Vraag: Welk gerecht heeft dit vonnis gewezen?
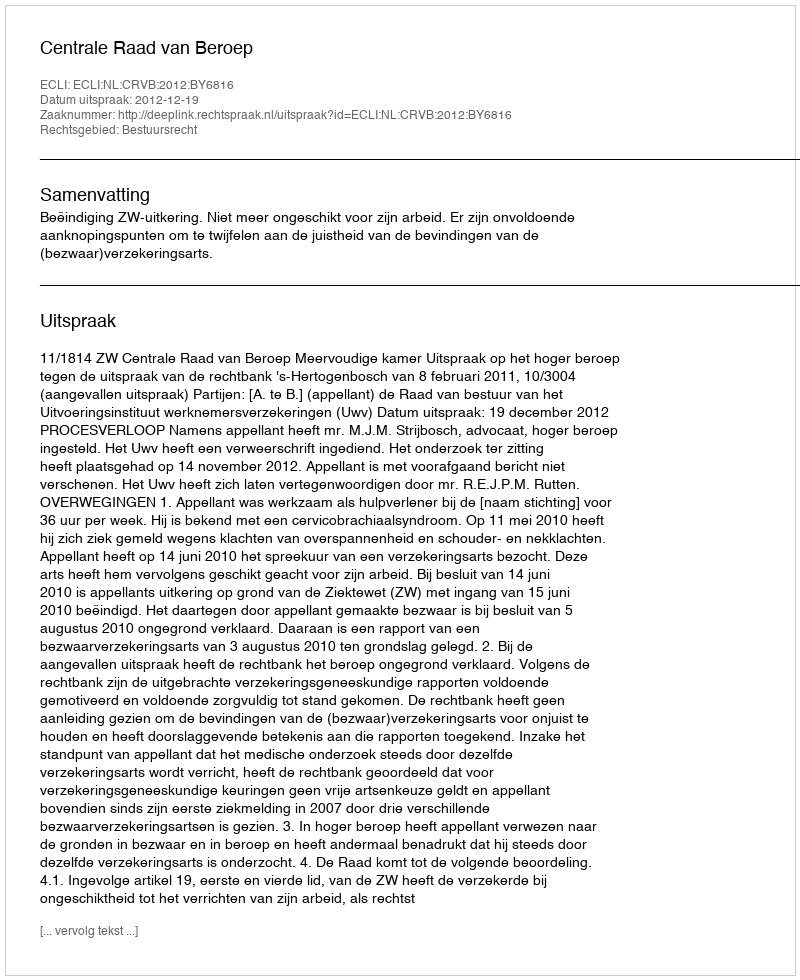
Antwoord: Centrale Raad van Beroep